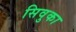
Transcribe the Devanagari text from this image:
सिवुका